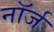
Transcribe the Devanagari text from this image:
नॉर्ज